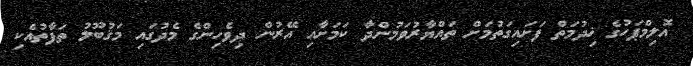
އޮލިމްޕަހުގެ ޚިދުމަތް ފަށައިގަތުމަށް ތައްޔާރުވަމުންދާ ކަމަށާއި އޭރުން ދިވެހިންގެ މެދުގައި މަޤުބޫލު ތަފާތުއެކި